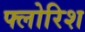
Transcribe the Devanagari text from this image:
फ्लोरिश